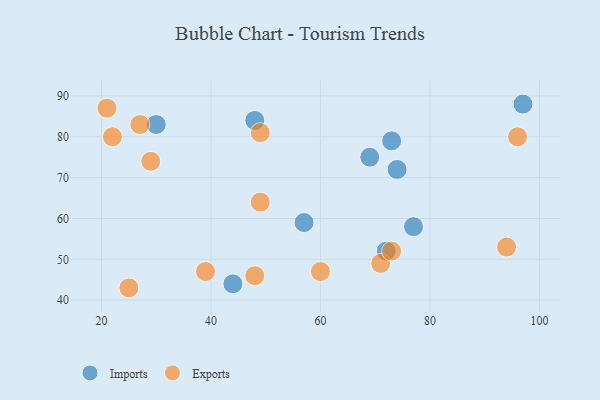
{"axis": {"x": "GDP", "y": "Life Expectancy"}, "legend": ["Exports", "Imports"], "data": [{"x": "72", "y": 52, "type": "Imports"}, {"x": "30", "y": 83, "type": "Imports"}, {"x": "48", "y": 84, "type": "Imports"}, {"x": "44", "y": 44, "type": "Imports"}, {"x": "77", "y": 58, "type": "Imports"}, {"x": "57", "y": 59, "type": "Imports"}, {"x": "97", "y": 88, "type": "Imports"}, {"x": "73", "y": 79, "type": "Imports"}, {"x": "69", "y": 75, "type": "Imports"}, {"x": "74", "y": 72, "type": "Imports"}, {"x": "48", "y": 46, "type": "Exports"}, {"x": "25", "y": 43, "type": "Exports"}, {"x": "96", "y": 80, "type": "Exports"}, {"x": "39", "y": 47, "type": "Exports"}, {"x": "49", "y": 64, "type": "Exports"}, {"x": "27", "y": 83, "type": "Exports"}, {"x": "94", "y": 53, "type": "Exports"}, {"x": "71", "y": 49, "type": "Exports"}, {"x": "49", "y": 81, "type": "Exports"}, {"x": "60", "y": 47, "type": "Exports"}, {"x": "22", "y": 80, "type": "Exports"}, {"x": "73", "y": 52, "type": "Exports"}, {"x": "29", "y": 74, "type": "Exports"}, {"x": "21", "y": 87, "type": "Exports"}]}